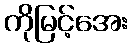
ကိုမြင့်အေး